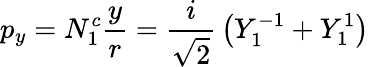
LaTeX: p_{y}=N_{1}^{c}{\frac{y}{r}}={\frac{i}{\sqrt{2}}}\left(Y_{1}^{-1}+Y_{1}^{1}\right)